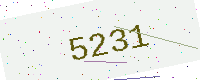
Text: 5231